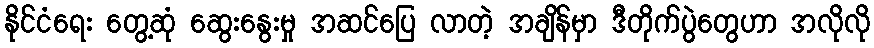
နိုင်ငံရေး တွေ့ဆုံ ဆွေးနွေးမှု အဆင်ပြေ လာတဲ့ အချိန်မှာ ဒီတိုက်ပွဲတွေဟာ အလိုလို